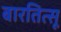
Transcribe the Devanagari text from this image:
बारतित्सू